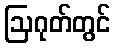
ဩဂုတ်တွင်